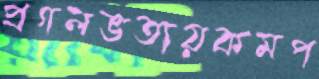
প্রগলভতায়কমপ